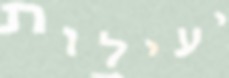
יעילות